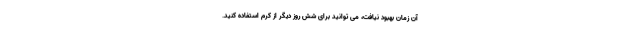
آن زمان بهبود نیافت، می توانید برای شش روز دیگر از کرم استفاده کنید.